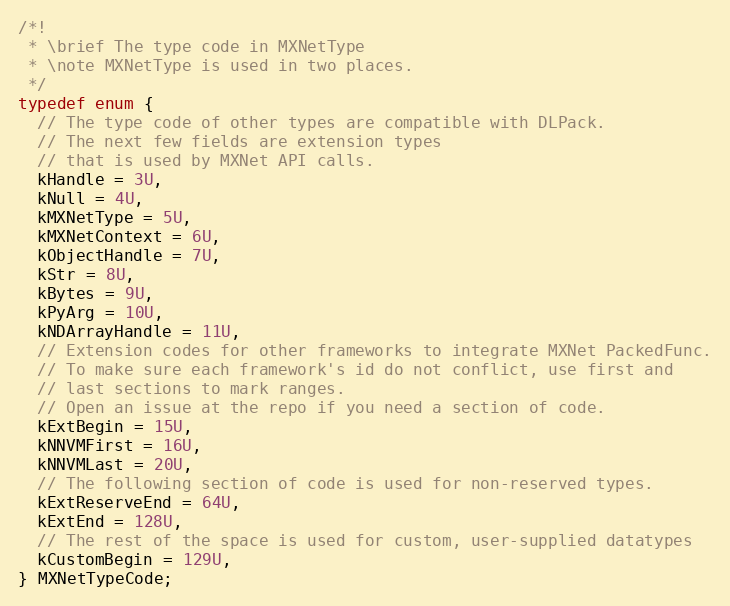
Language: C
/*!
 * \brief The type code in MXNetType
 * \note MXNetType is used in two places.
 */
typedef enum {
  // The type code of other types are compatible with DLPack.
  // The next few fields are extension types
  // that is used by MXNet API calls.
  kHandle = 3U,
  kNull = 4U,
  kMXNetType = 5U,
  kMXNetContext = 6U,
  kObjectHandle = 7U,
  kStr = 8U,
  kBytes = 9U,
  kPyArg = 10U,
  kNDArrayHandle = 11U,
  // Extension codes for other frameworks to integrate MXNet PackedFunc.
  // To make sure each framework's id do not conflict, use first and
  // last sections to mark ranges.
  // Open an issue at the repo if you need a section of code.
  kExtBegin = 15U,
  kNNVMFirst = 16U,
  kNNVMLast = 20U,
  // The following section of code is used for non-reserved types.
  kExtReserveEnd = 64U,
  kExtEnd = 128U,
  // The rest of the space is used for custom, user-supplied datatypes
  kCustomBegin = 129U,
} MXNetTypeCode;